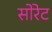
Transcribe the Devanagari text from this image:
सोरेट